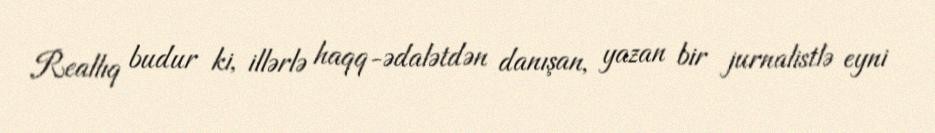
Reallıq budur ki, illərlə haqq-ədalətdən danışan, yazan bir jurnalistlə eyni